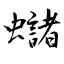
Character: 蠩